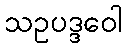
သဥပဒ္ဒဝေါ